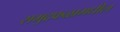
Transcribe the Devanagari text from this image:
समुद्रफळामधील